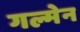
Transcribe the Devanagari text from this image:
गल्मेन